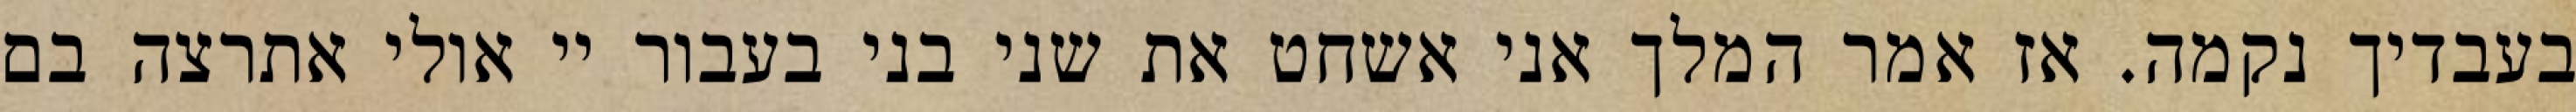
בעבדיך נקמה. אז אמר המלך אני אשחט את שני בני בעבור יי אולי אתרצה בם